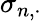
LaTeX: \sigma_{n,\cdot}